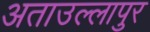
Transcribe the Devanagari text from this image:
अताउल्लापुर